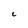
Character: c